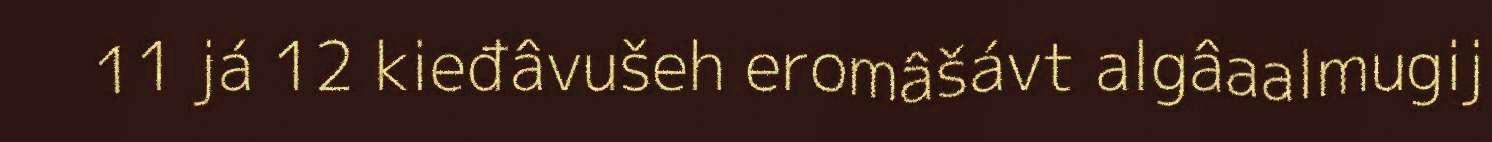
11 já 12 kieđâvušeh eromâšávt algâaalmugij